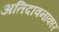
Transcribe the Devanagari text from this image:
अतिदावनाकार